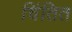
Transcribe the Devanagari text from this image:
चिंतित